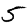
Digit: 5